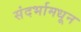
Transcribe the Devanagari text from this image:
संदर्भामधून